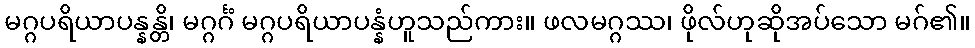
မဂ္ဂပရိယာပန္နန္တိ၊ မဂ္ဂင်္ဂံ မဂ္ဂပရိယာပန္နံဟူသည်ကား။ ဖလမဂ္ဂဿ၊ ဖိုလ်ဟုဆိုအပ်သော မဂ်၏။